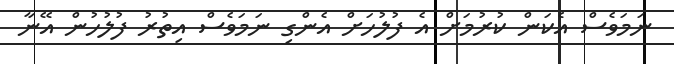
ނަމަވެސް އެކަން ކުރުމަށް އެ ފުލުހަށް އެންގި ނަމަވެސް އިތުރު ފުލުހުން އޭނާ